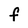
Character: F